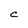
Character: C